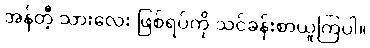
အန်တီ့ သားလေး ဖြစ်ရပ်ကို သင်ခန်းစာယူကြပါ။